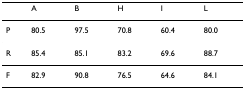
<table><thead><tr><td></td><td><b>A</b></td><td><b>B</b></td><td><b>H</b></td><td><b>I</b></td><td><b>L</b></td></tr></thead><tbody><tr><td>P</td><td>80.5</td><td>97.5</td><td>70.8</td><td>60.4</td><td>80.0</td></tr><tr><td>R</td><td>85.4</td><td>85.1</td><td>83.2</td><td>69.6</td><td>88.7</td></tr><tr><td>F</td><td>82.9</td><td>90.8</td><td>76.5</td><td>64.6</td><td>84.1</td></tr></tbody></table>